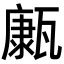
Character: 𤮊